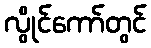
လွိုင်ကော်တွင်